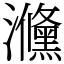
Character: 㶖